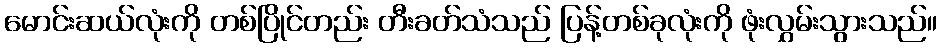
မောင်းဆယ်လုံးကို တစ်ပြိုင်တည်း တီးခတ်သံသည် ပြန့်တစ်ခုလုံးကို ဖုံးလွှမ်းသွားသည်။